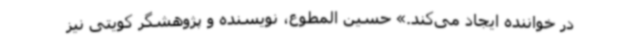
در خواننده ایجاد می‌کند.» حسین المطوع، نویسنده و پژوهشگر کویتی نیز